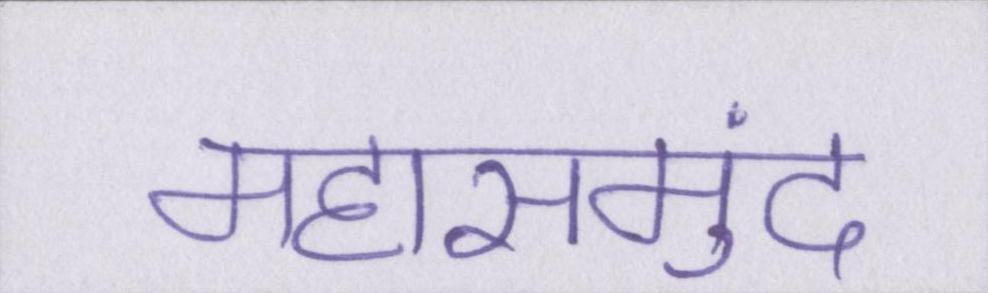
महासमुंद